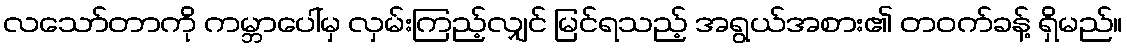
လသော်တာကို ကမ္ဘာပေါ်မှ လှမ်းကြည့်လျှင် မြင်ရသည့် အရွယ်အစား၏ တဝက်ခန့် ရှိမည်။